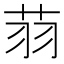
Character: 𦭳